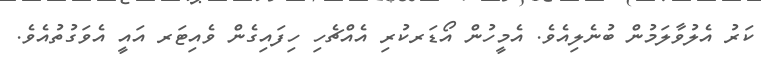
ކަރު އެލުވާލަމުން ބުނެލިއެވެ. އެމީހުން އޯޑަރކުރި އެއްޗެހި ހިފައިގެން ވެއިޓަރ އައީ އެވަގުތުއެވެ.